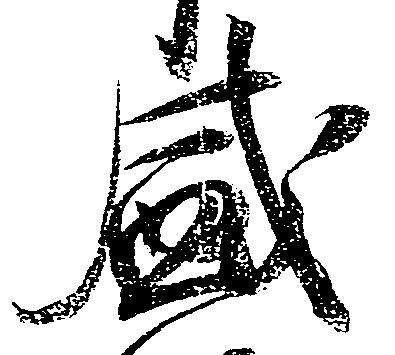
盛